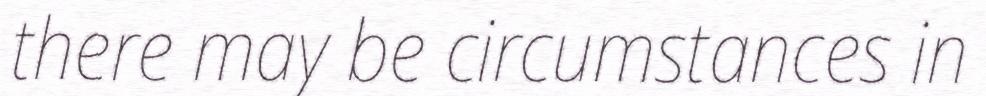
there may be circumstances in